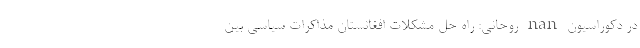
در دکوراسیون nan روحانی: راه حل مشکلات افغانستان مذاکرات سیاسی بین